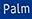
palm